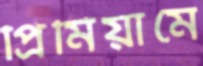
প্রিমিয়ামে